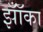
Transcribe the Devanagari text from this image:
झॉँका